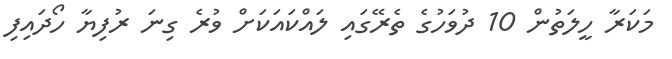
މަކަރާ ހީލަތުން 10 ދުވަހުގެ ތެރޭގައި ލައްކައަކަށް ވުރެ ގިނަ ރުފިޔާ ހޯދައިފި